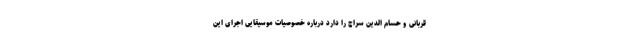
قربانی و حسام الدین سراج را دارد درباره خصوصیات موسیقایی اجرای این